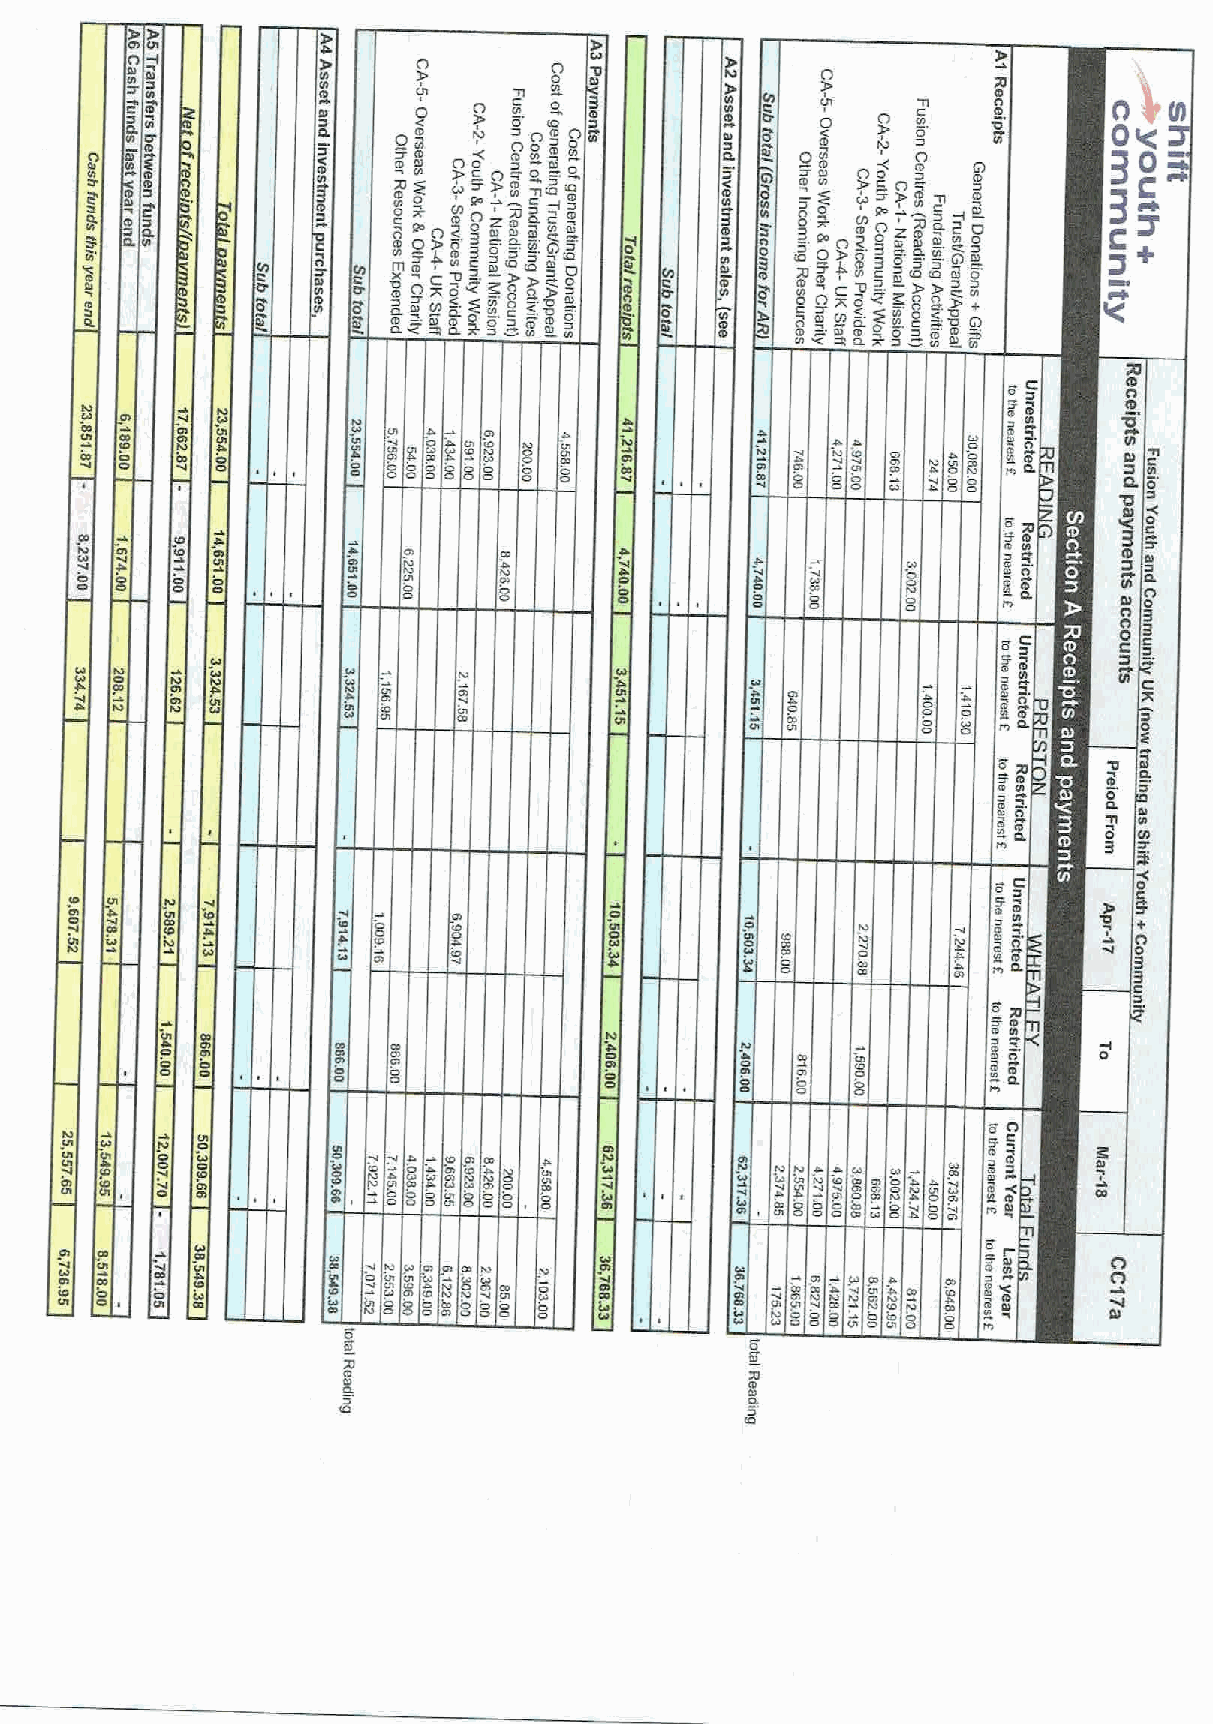
I                 n       O
 0
 N
 0II Sl                     '0           nkI
 SI
 L cr
 S
 I
 I00
 S
 sl   O
 0
 ea"8eP e
 e
 zeo
 +
 N
 1oc! I( wsOns tI
 x
 scm
 toso
 0K
 .&O
 '0
 08o
 0n 0
 2
 3OIM
 5z
 00
 gn
 o
 5&
 e8n 0N O eo jCo asO
 0
 g'
 lto
 eeI 2—eO
 20
 ICe8 0O
 I
 0SCI0 CS IL 0Q000
 gX 0
 NB
 39
 C
 0Q
 S
 $to
 Q0xo0 Ni sQ t( is ti
 o8
 !8eyOg 1eo
 n
 3
 Fos-0O C
 &
 Oz
 00eOP
 "
 g
 00eOc0 s
 '
 t
 s8—
 2o0
 l'
 &2
 secO
 iN+
 l8
 k
 eQ
 OD
 0
 g~$0 ~I +0C
 z
 c C
 8 CaI             g 808 s 0 tC C sl Ca Mt I 8 SM l
 CI
 cCI C s' 8 C0 Co CC I
 '
 00 I1 s1
 8
 la                                                           R ~me
 8 i-      Sl
 CI                                               I           I       8' CL
 \                     n
 o                     0
 c0s
 0
 C
 I'
 M
 a                                                          I
 x
 c
 la                                                    c ps sf
 a          I    M        0
 a
 00
 cs
 s
 li0
 ss
 K
 C
 0
 P
 M  O                       a                         +
 O                       8                         n
 C                                        5
 0
 O                      2
 3
 i5 el
 R
 0                                         al
 CI                           C CII        CS CIl      0si CL
 an
 08
 8               I
 aMI           C
 8     8
 8
 O
 0M'V p!C IS I
 c
 I 4
 C                 C I  C 8
 f e
 M          ts
 Ct I I0 Ca c CV s
 l
 a c Cs CI
 8
 s OoI M IMI4 OoI 5s NIIa t Cs it W SI